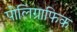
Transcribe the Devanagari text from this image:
पोलिग्राफिक